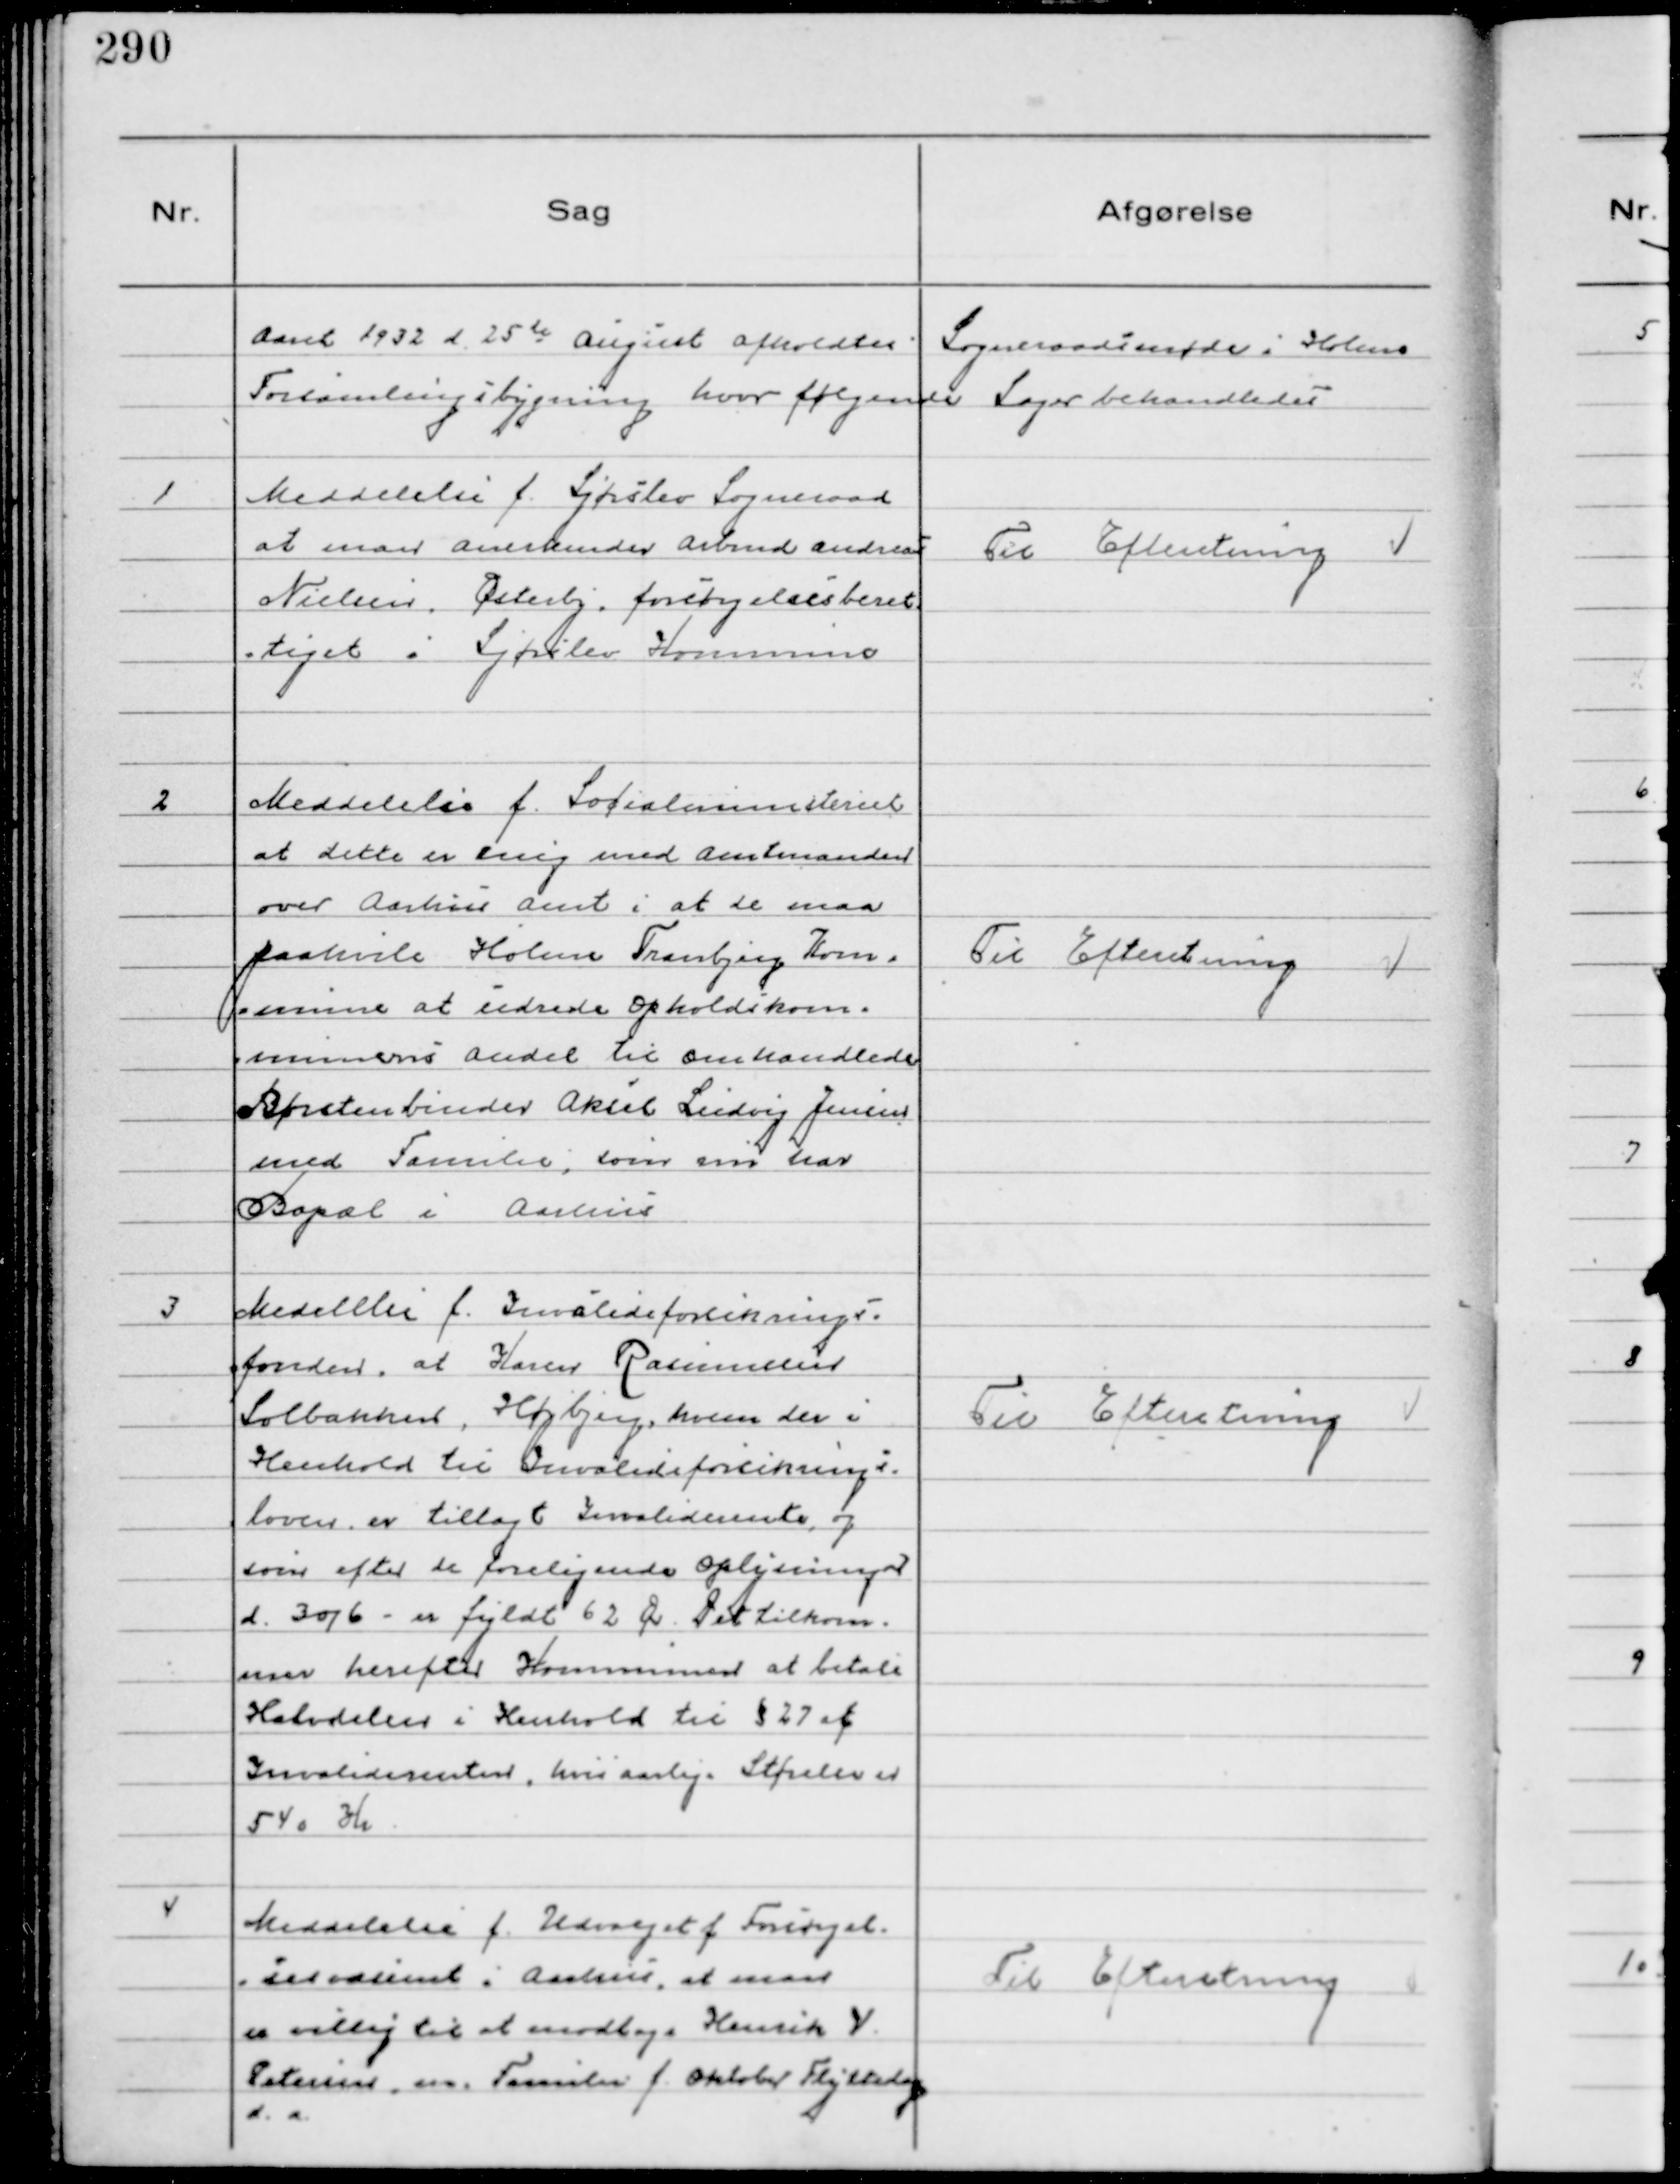
Transskription:
Aaret d 25 de August afholdtes Sogneraadsmøde i Holme
Forsamlingsbygning hvor følgende Sager behandledes

1
Meddelelse f. Sjørslev Sogneraad
at man anerkender Arbmd Andreas
Nielsen, Østerby, forsørgelsesberet
tiget i Sjørslev Kommune

Til Efteretning

2
Meddelelse f. Socialministeriet
at dette er enig med Amtmanden
over Aarhus Amt i at de maa
paahvile Holme Tranbjerg Kom-
mune at udrede Opholdkom-
munens Andel til omhandlede
Børstenbinder Aksel Ludvig Jensen
med Familie, som nu har
Bopæl i Aarhus

Til Efteretning

3
Medelelse f. Invalideforsikrings-
fonden at Karen Rasmussen
Solbakken, Højbjerg, hvem der i
Henhold til Invalideforsikrings-
loven er tillagt Invaliderente og
som efter de foreligende Oplysninger
d. 30/6 - er fyldt 62 År. Det tilkom-
mer herefter Kommunen at betale
Halvdelen i Henhold til § 27 af
Invaliderenten, hvis aarlige Størelse er
540 Kr

Til Efteretning

4
Meddelelse f. Udvalget f Forsørgel-
sesvæsenet i Aarhus, at man
er villig til at modtage Henrik V.
Petersen, m. Familie f. Oktober Flyttedag
d.a.

Til Efteretning